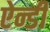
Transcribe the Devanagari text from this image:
ऐन्डी